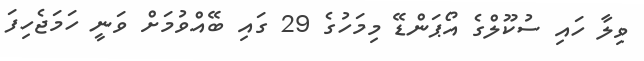
ވިލާ ހައި ސުކޫލްގެ އޯޕަންޑޭ މިމަހުގެ 29 ގައި ބޭއްވުމަށް ވަނީ ހަމަޖެހިފަ